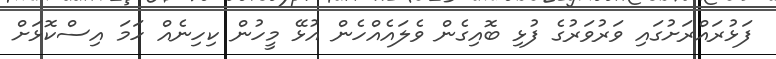
ފަޅުރައްރަށުގައި ވަރުވަރުގެ ފުޅި ބޮއިގެން ވެލައެއްހެން އުޅޭ މީހުން ކިހިނެއް ހަމަ އިސްކޮޅަށް